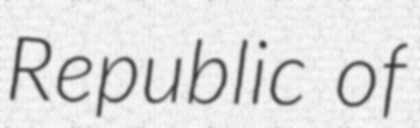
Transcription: Republic of